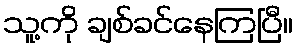
သူ့ကို ချစ်ခင်နေကြပြီ။